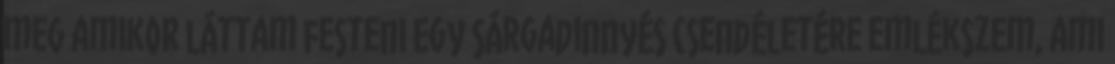
meg amikor láttam festeni Egy sárgadinnyés csendéletére emlékszem, ami